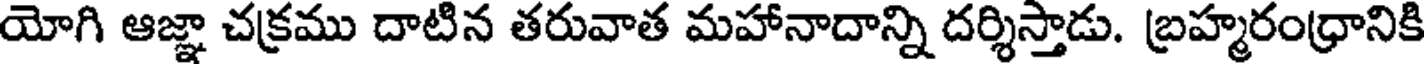
యోగి ఆజ్ఞా చక్రము దాటిన తరువాత మహానాదాన్ని దర్శిస్తాడు. బ్రహ్మరంధ్రానికి